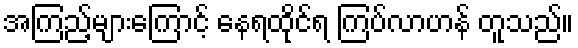
အကြည့်များကြောင့် နေရထိုင်ရ ကြပ်လာဟန် တူသည်။